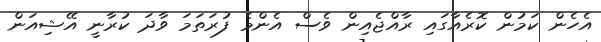
އެހެން ކަމުން ކޮރެއާގައި ރާއްޖެއިން ވެސް އެންމެ ފުރަތަމަ ވާދަ ކުރާނީ އޭޝިއަން